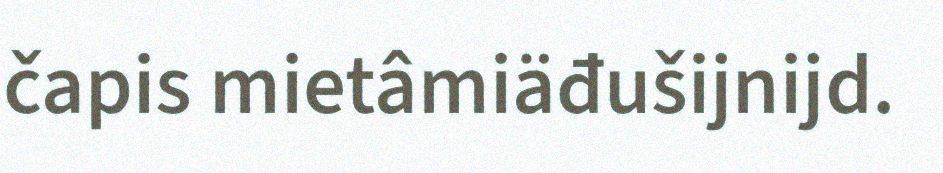
čapis mietâmiäđušijnijd.